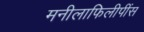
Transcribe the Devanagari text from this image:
मनीलाफिलीपींस